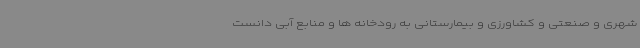
شهری و صنعتی و کشاورزی و بیمارستانی به رودخانه ها و منابع آبی دانست